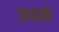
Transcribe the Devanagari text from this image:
उच्चारही